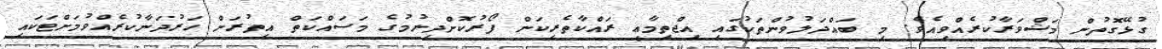
ގުޅޭގޮތުން މަޝްވަރާކުރެއްވިއެވެ. މި ބައްދަލުވުންތަކުގައި އިޖްތިމާޢީ ރައްކާތެރިކަން ފޯރުކޮށްދިނުމުގެ މަސައްކަތް އިތުރަށް ހަރުދަނާކުރެއްވުމަށްޓަކައި